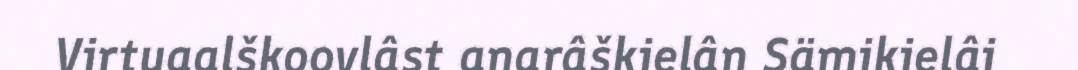
Virtuaalškoovlâst anarâškielân Sämikielâi